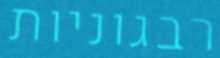
רבגוניות